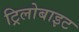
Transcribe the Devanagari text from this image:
ट्रिलोबाइट